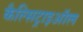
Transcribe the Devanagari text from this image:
कैल्सिट्राइऑल